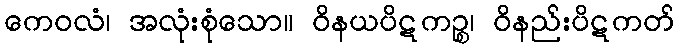
ကေဝလံ၊ အလုံးစုံသော။ ဝိနယပိဋကဉ္စ၊ ဝိနည်းပိဋကတ်